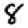
Digit: 8